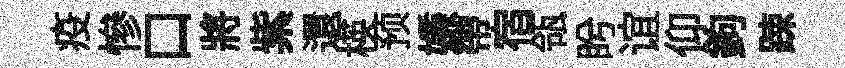
疫慘口將紫還楧预嫌帶宿瓴盻谊仰鉤踈